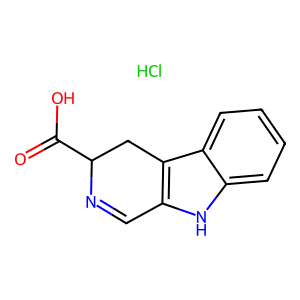
SMILES: Cl.O=C(O)C1Cc2c([nH]c3ccccc23)C=N1
Inhibits HIV replication: No